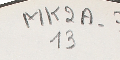
MK2A-713